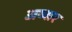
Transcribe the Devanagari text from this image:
अव्सर